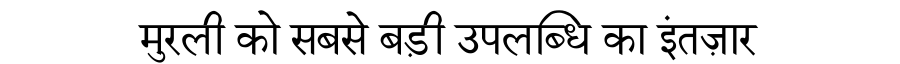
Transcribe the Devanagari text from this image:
मुरली को सबसे बड़ी उपलब्धि का इंतज़ार